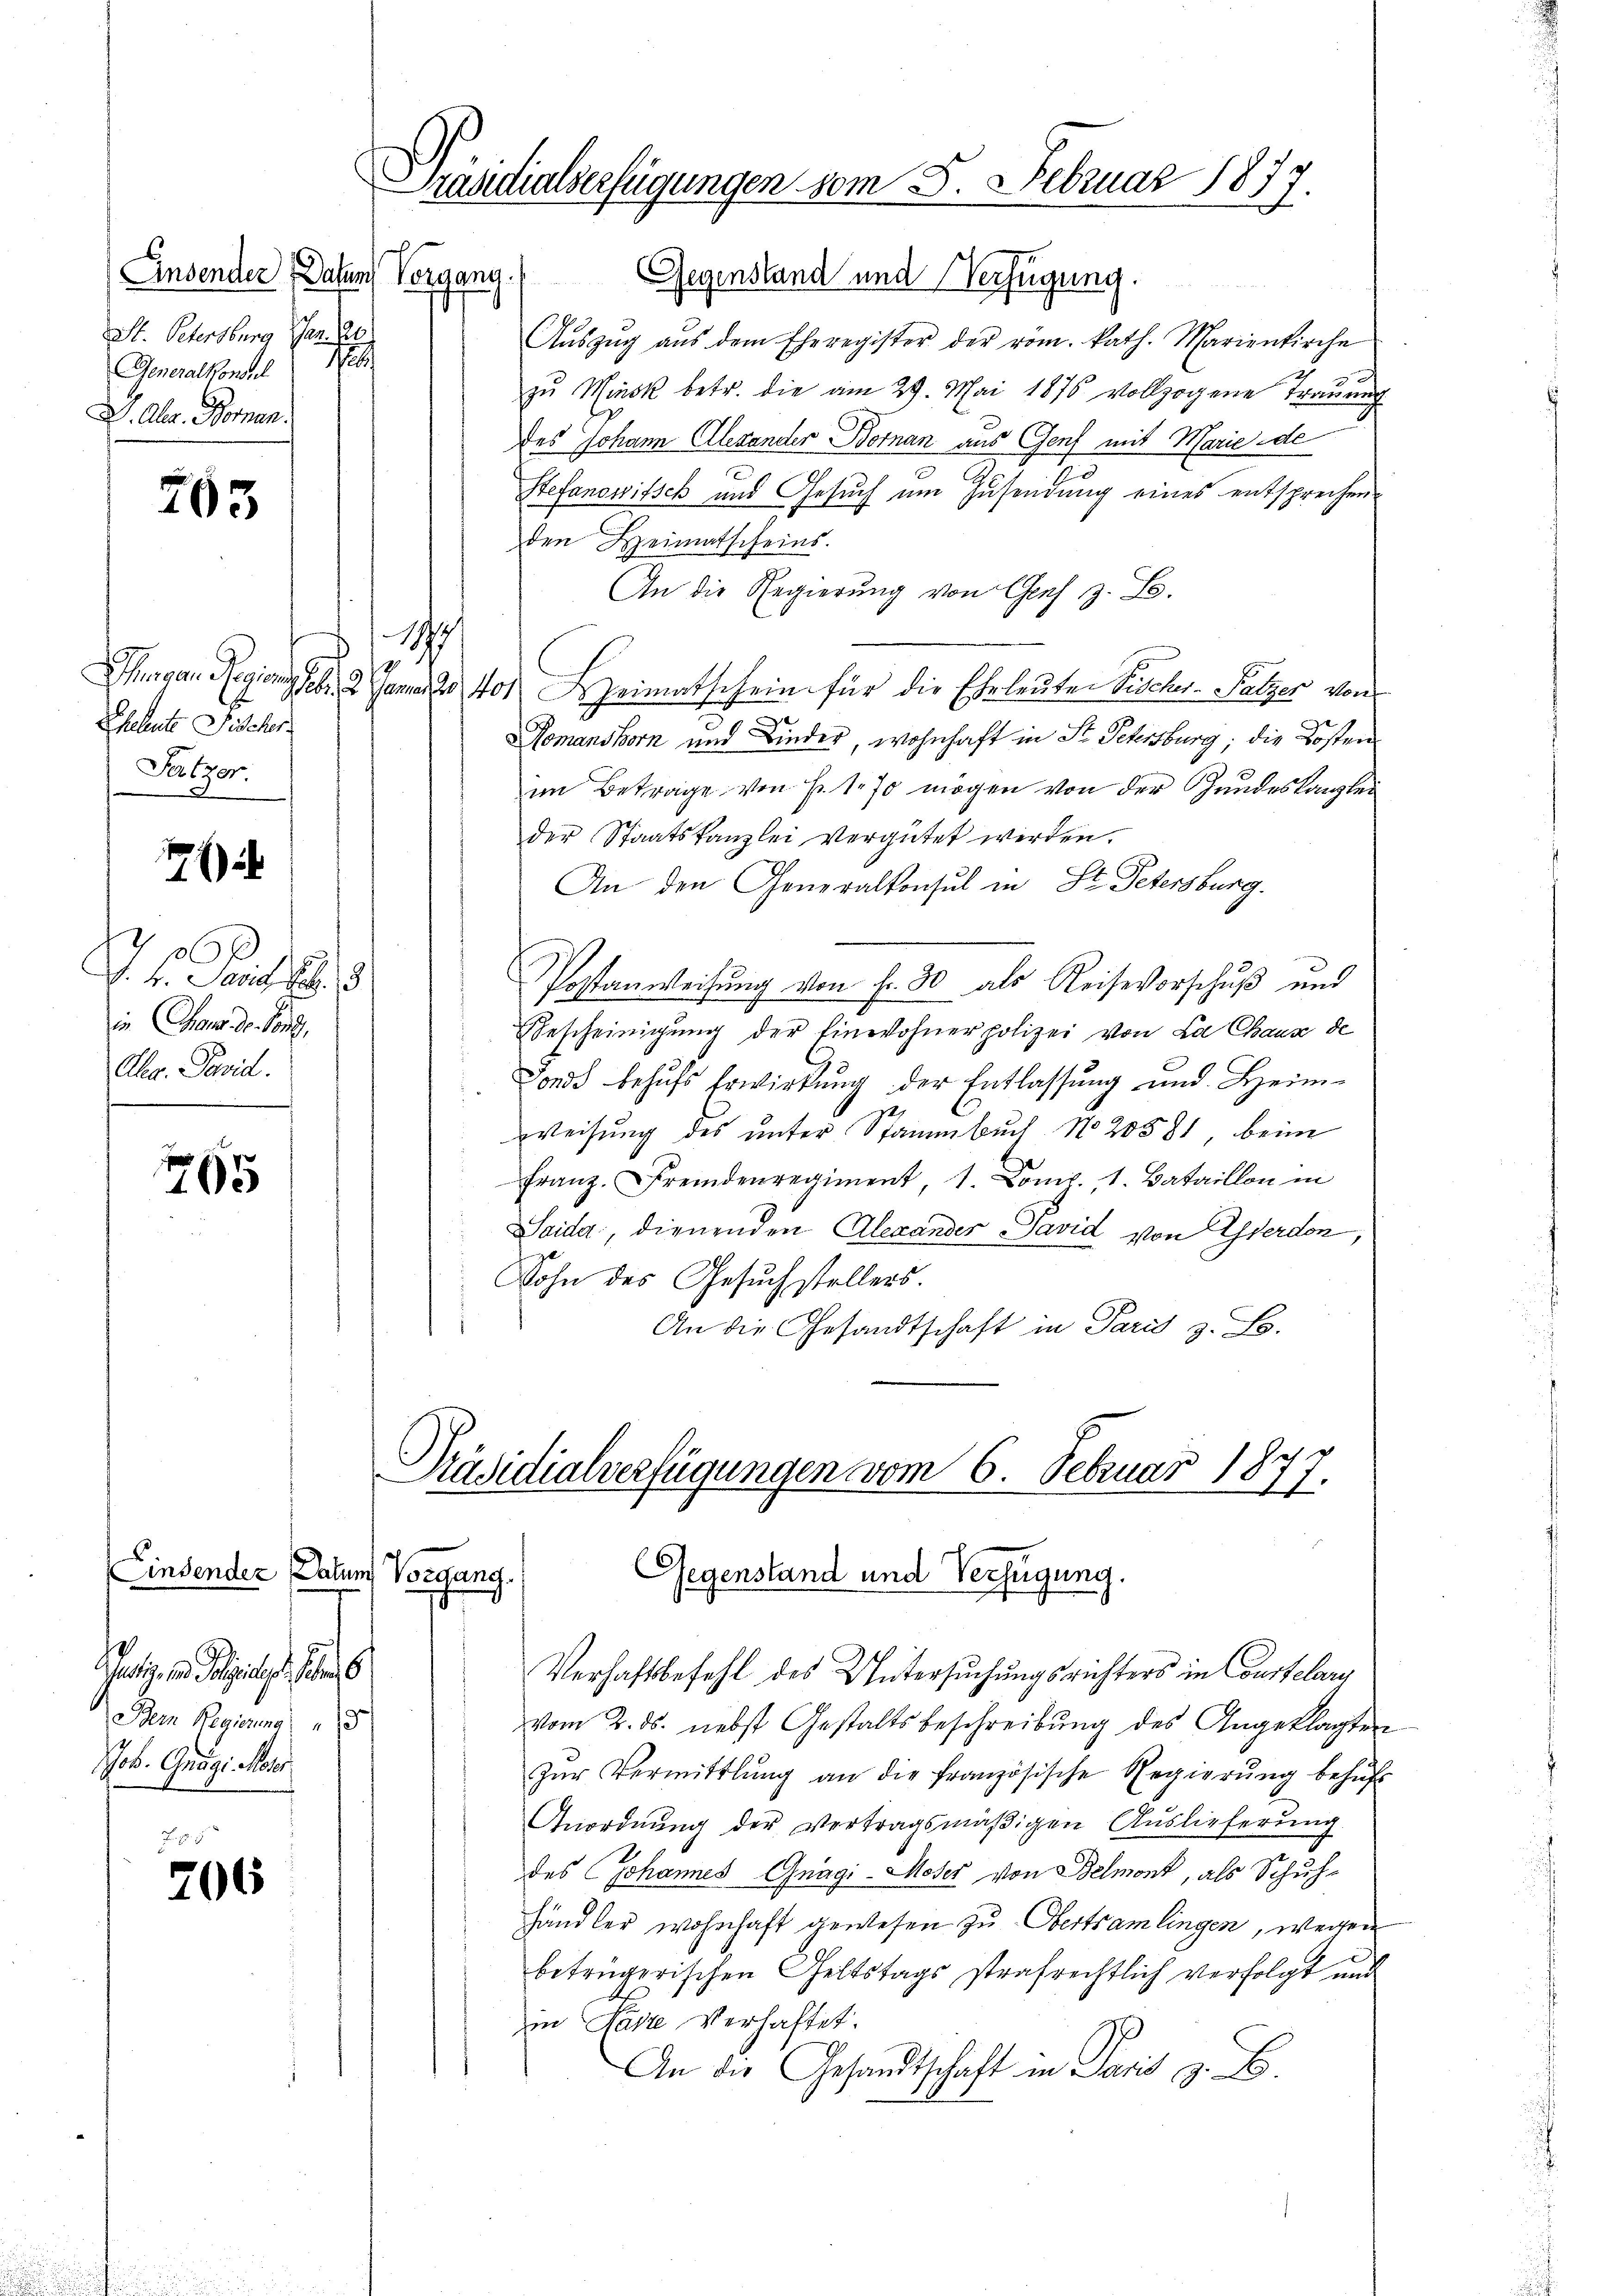
Ansender Datum Vorgang.
Nr. 120.
St. Petersburg
a
Generalkonsul
D. Aug. Bornan

203

117/
Eheleute Sicher
Pertzer

7

4. Paul
in Chang der Sorg
Alg. Panid.

765

Einsender Datum Vorgang.
atz in eine se
Der Regierung d
Job. Grägi Meter

206

Präsidialverfügungen vom 5. Februar 184
e

Gegenstand und Verfügung.
Aŭszŭg aŭs dem Eheregister der röm. kath. Marienkirche
zŭ Minck betr. die am 29. Mai 1876 vollzogene Trauung
des Johann Alexander Bornan aus Genf mit Marie de
Stefanowitsch und Gesuch um Zusendung eines entsprechen
den Heimatscheins.
An die Regierung von Genf z. S.
Shingen Regieng sei, den 24 Heimatschein für die Eheleuten Tischer-Salzer von
Romanshorn und Kinder, wohnhaft in St. Sehnsburg; die Kosten
im Betrage von Fr. 1 70 mögen von der Zundeskanzlei
der Staatskanzlei vergütet werden.
An den Generalkonsul in St. Petersburg.
Postanweisung von fr. 30 als Reisevorschuß und
Bescheinigŭng der Einwohner polizei von La Chause de
Fonds behufs Erwirkung der Entlassung und Heim-
weisung des unter Stammbuch No 20581, beim
Franz. Fremdenregiment, 1. Comp., 1. Bataillon in
Saida, dienenden Alexandes Savid von Eserden,
Sohn des Gesuchstellers.
An die Gesandtschaft in Paris z. B.

Präsidialverfügungen vom 6. Februar 1877.
Gegenstand und Verfügung.
Verhaftsbefehl des Untersuchungsrichters in Courtelary

vom 2. ds. nebst Gestaltsbeschreibŭng des Angeklagten
Zŭr Vermittlung an die französische Regierŭng behŭfs
Anordnung der vertragsmäßigen Auslieferung.
des Johannes Gnagi-Moder von Belmont, als Schuhhändler wohnhaft gewesen zu Obertramlingen, wegen
betrügerischen Geltstags strafrechtlich verfolgt und
in Naste Verhaftet.
An die Gesandtschaft in Paris z. B.